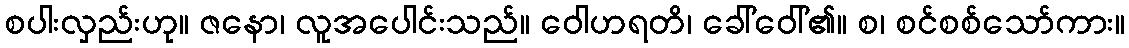
စပါးလှည်းဟု။ ဇနော၊ လူအပေါင်းသည်။ ဝေါဟရတိ၊ ခေါ်ဝေါ်၏။ စ၊ စင်စစ်သော်ကား။